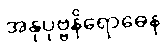
အနုပုဗ္ဗနိရောဓေန